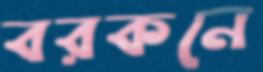
বরকনে